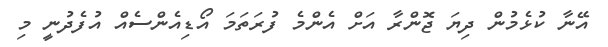
އޭނާ ކުޅެމުން ދިޔަ ޖޮންރާ އަށް އެންމެ ފުރަތަމަ އޯޑިއެންސެއް އުފެދުނީ މި